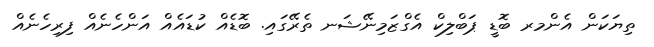
ތިޔަކަން އެންމރ ބޮޑީ ޕަބްލިކް އެގްޒަމިނޭޝަނ ތެރޭގައި. ބޮޑެއް ކުޑައެއް އަންހެނެއް ފިރިހެނެއް